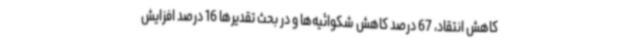
کاهش انتقاد، 67 درصد کاهش شکوائیه‌ها و در بحث تقدیرها 16 درصد افزایش